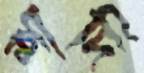
শাদি